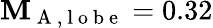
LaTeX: \mathbf{M}_{\mathrm{{~A~,~l~o~b~e~}}}=0.32